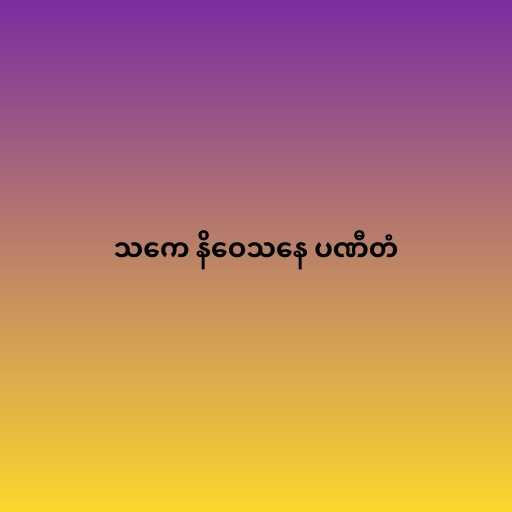
သကေ နိဝေသနေ ပဏီတံ